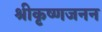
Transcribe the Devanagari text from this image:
श्रीकृष्णजनन